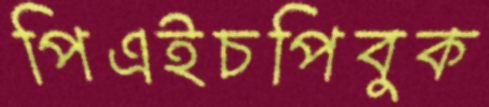
পিএইচপিবুক